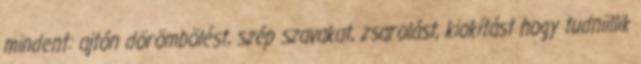
mindent: ajtón dörömbölést, szép szavakat, zsarolást, kiokítást hogy tudniillik